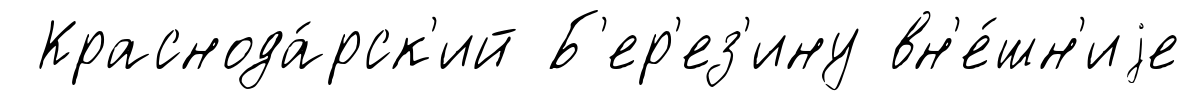
Краснода́рск'ий Б'ер'ез'ину вн'е́шн'иjе